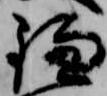
鎌